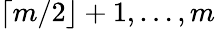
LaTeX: \lceil m/2\rfloor+1,\ldots,m